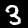
Digit: 3